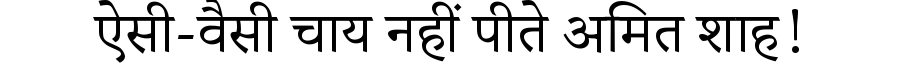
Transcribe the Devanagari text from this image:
ऐसी-वैसी चाय नहीं पीते अमित शाह!